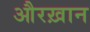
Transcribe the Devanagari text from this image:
औरख़ान